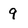
Character: 9